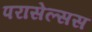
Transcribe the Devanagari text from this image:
परासेल्सस